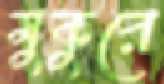
মুকুরে